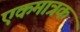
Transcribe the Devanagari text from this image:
एकमात्रक